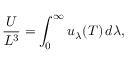
{ \frac { U } { L ^ { 3 } } } = \int _ { 0 } ^ { \infty } u _ { \lambda } ( T ) \, d \lambda ,